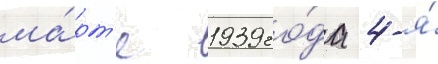
ма́рт'е 1939 го́да 4-я́